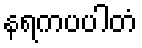
နရကပပါတံ